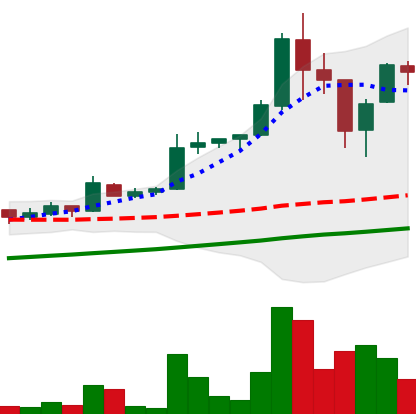
Ticker: LTC-USD
Chart end date: 2017-09-07
Forward return: -18.157%
Label: down_7plus